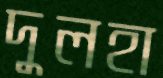
দুলহা